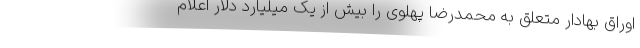
اوراق بهادار متعلق به محمدرضا پهلوی را بیش از یک میلیارد دلار اعلام